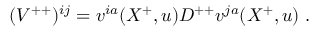
( { V } ^ { + + } ) ^ { i j } = v ^ { i a } ( X ^ { + } , u ) D ^ { + + } v ^ { j a } ( X ^ { + } , u ) \; .